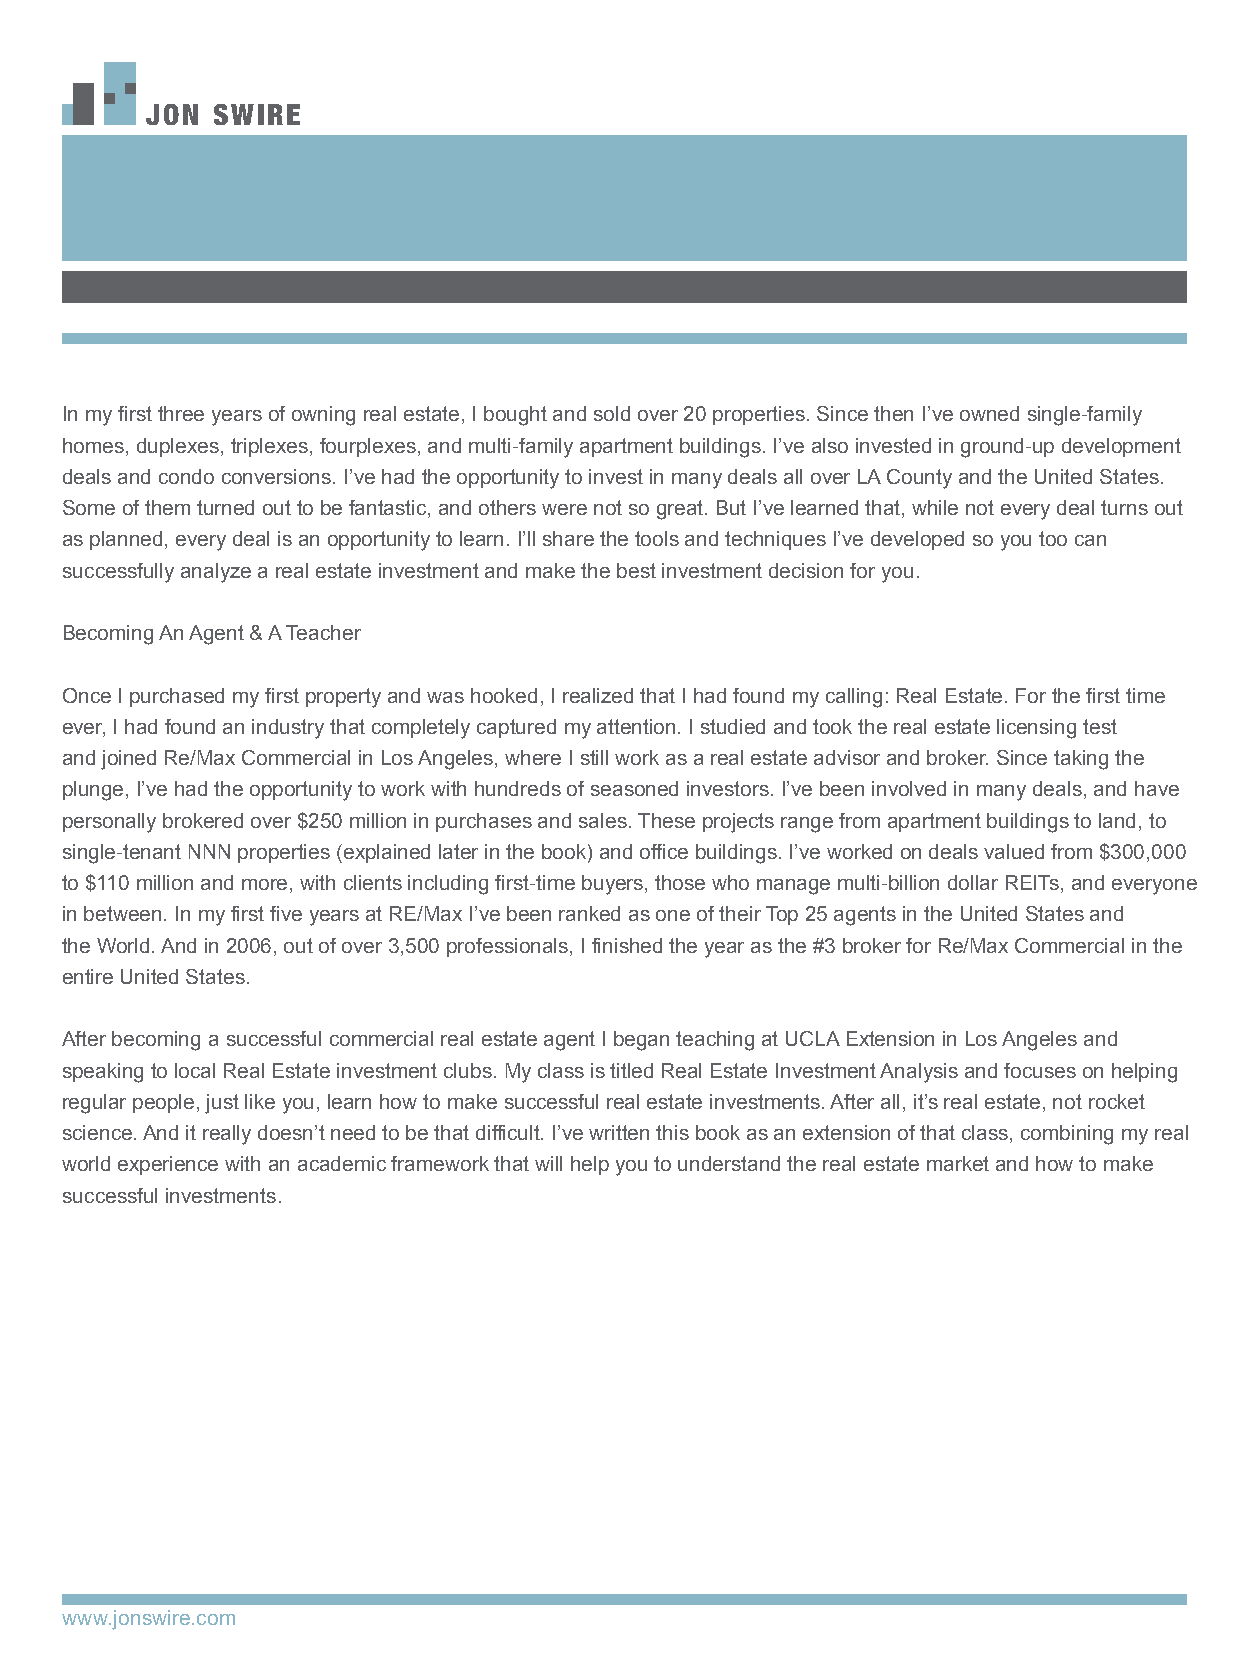
JON SWIRE
 In my first three years of owning real estate, I bought and sold over 20 properties. Since then I’ve owned single-family
 homes, duplexes, triplexes, fourplexes, and multi-family apartment buildings. I’ve also invested in ground-up development
 deals and condo conversions. I’ve had the opportunity to invest in many deals all over LA County and the United States.
 Some of them turned out to be fantastic, and others were not so great. But I’ve learned that, while not every deal turns out
 as planned, every deal is an opportunity to learn. I’ll share the tools and techniques I’ve developed so you too can
 successfully analyze a real estate investment and make the best investment decision for you.
 Becoming An Agent & A Teacher
 Once I purchased my first property and was hooked, I realized that I had found my calling: Real Estate. For the first time
 ever, I had found an industry that completely captured my attention. I studied and took the real estate licensing test
 and joined Re/Max Commercial in Los Angeles, where I still work as a real estate advisor and broker. Since taking the
 plunge, I’ve had the opportunity to work with hundreds of seasoned investors. I’ve been involved in many deals, and have
 personally brokered over $250 million in purchases and sales. These projects range from apartment buildings to land, to
 single-tenant NNN properties (explained later in the book) and office buildings. I’ve worked on deals valued from $300,000
 to $110 million and more, with clients including first-time buyers, those who manage multi-billion dollar REITs, and everyone
 in between. In my first five years at RE/Max I’ve been ranked as one of their Top 25 agents in the United States and
 the World. And in 2006, out of over 3,500 professionals, I finished the year as the #3 broker for Re/Max Commercial in the
 entire United States.
 After becoming a successful commercial real estate agent I began teaching at UCLA Extension in Los Angeles and
 speaking to local Real Estate investment clubs. My class is titled Real Estate Investment Analysis and focuses on helping
 regular people, just like you, learn how to make successful real estate investments. After all, it’s real estate, not rocket
 science. And it really doesn’t need to be that difficult. I’ve written this book as an extension of that class, combining my real
 world experience with an academic framework that will help you to understand the real estate market and how to make
 successful investments.
 www.jonswire.com